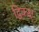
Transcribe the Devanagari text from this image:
द्विकक्ष